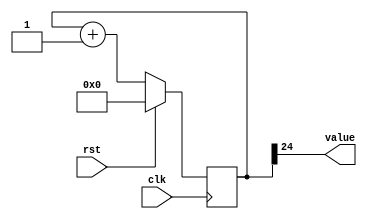
module counter_8 (
    input clk,
    input rst,
    output reg [0:0] value
  );
  
  localparam SIZE = 1'h1;
  localparam DIV = 5'h18;
  localparam TOP = 1'h0;
  localparam UP = 1'h1;
  
  
  reg [24:0] M_ctr_d, M_ctr_q = 1'h0;
  
  localparam MAX_VALUE = 25'h0ffffff;
  
  always @* begin
    M_ctr_d = M_ctr_q;
    
    value = M_ctr_q[24+0-:1];
    if (1'h1) begin
      M_ctr_d = M_ctr_q + 1'h1;
      if (1'h0 && M_ctr_q == 25'h0ffffff) begin
        M_ctr_d = 1'h0;
      end
    end else begin
      M_ctr_d = M_ctr_q - 1'h1;
      if (1'h0 && M_ctr_q == 1'h0) begin
        M_ctr_d = 25'h0ffffff;
      end
    end
  end
  
  always @(posedge clk) begin
    if (rst == 1'b1) begin
      M_ctr_q <= 1'h0;
    end else begin
      M_ctr_q <= M_ctr_d;
    end
  end
  
endmodule